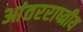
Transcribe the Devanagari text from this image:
आंतरराष्त्रीय